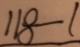
1 1 8 - 1